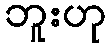
ဘူးဟု